Document type: Sale
Year: 1274
Scribe: [Unknown]
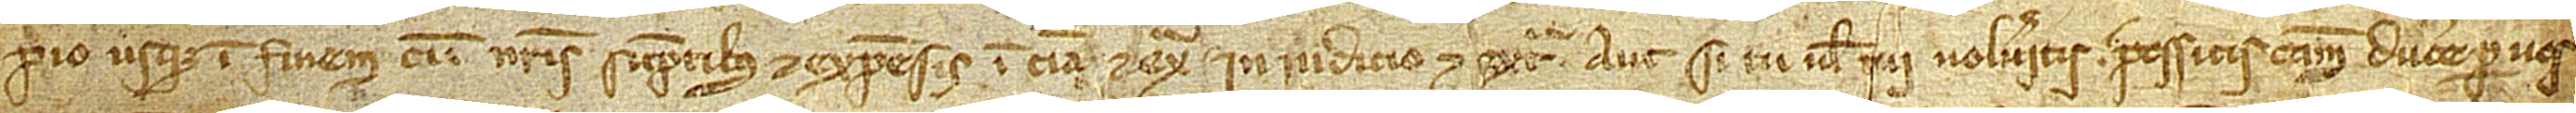
pio usque in finem, cum nostris sumptibus et expensis, in curia et extra, in iudicio et extra. Aut si tu vel tui volueritis, possitis causam ducere per vos